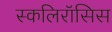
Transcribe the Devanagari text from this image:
स्कलिरॉसिस